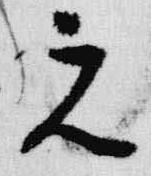
元